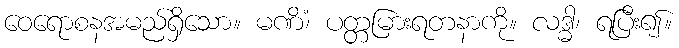
ဝေရောစနအမည်ရှိသော။ မဏိံ၊ ပတ္တမြားရတနာကို။ လဒ္ဓါ၊ ရပြီး၍။